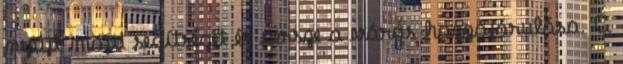
nyújt majd segítséget és persze a város hozzájárulása. A